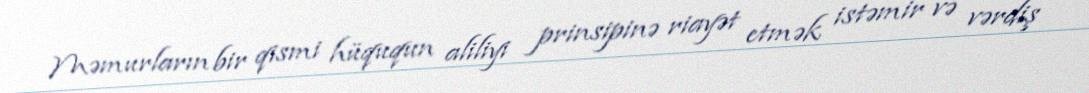
Məmurların bir qismi hüququn aliliyi prinsipinə riayət etmək istəmir və vərdiş